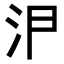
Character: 𭯸